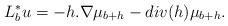
LaTeX: \begin{align*}L^*_b u = -h. \nabla \mu_{b+h} - div(h) \mu_{b+h}.\end{align*}